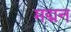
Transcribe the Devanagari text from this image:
मद्मन